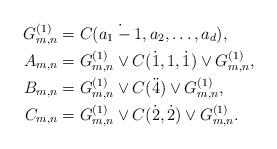
LaTeX: \begin{align*} G^{(1)}_{m,n}&=C(\dot{a_1-1},a_2,\ldots,a_d),\\ A_{m,n} &=G^{(1)}_{m,n}\vee C(\dot1,1,\dot1)\vee G^{(1)}_{m,n},\\ B_{m,n} &=G^{(1)}_{m,n}\vee C(\ddot4)\vee G^{(1)}_{m,n},\\ C_{m,n} &=G^{(1)}_{m,n}\vee C(\dot2,\dot2)\vee G^{(1)}_{m,n}. \end{align*}